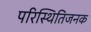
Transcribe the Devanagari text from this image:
परिस्थितिजनक